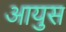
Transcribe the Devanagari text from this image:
आयुस